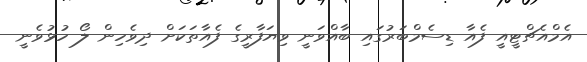
އެމްއެޗްޓީއީ ފެއާ ޑިސެމްބަރުގައި ބާއްވަނީ ވިޔަފާރީގެ ފެއާތަކަށް ދިވެހިން ލޯ ހުޅުވެނީ